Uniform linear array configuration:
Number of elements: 8
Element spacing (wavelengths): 0.5
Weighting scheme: hamming
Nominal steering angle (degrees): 15
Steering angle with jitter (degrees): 15.857
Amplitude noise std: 0.05
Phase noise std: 0.05

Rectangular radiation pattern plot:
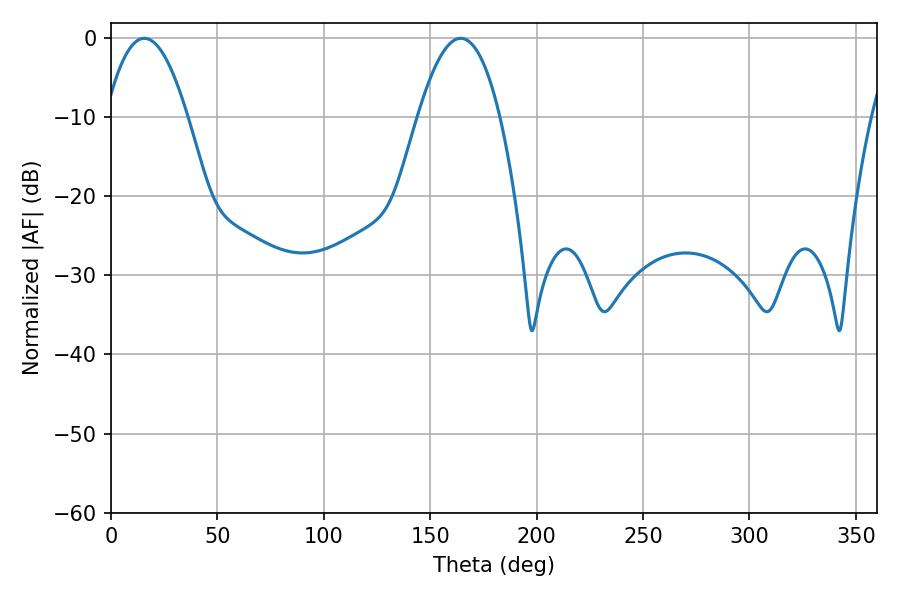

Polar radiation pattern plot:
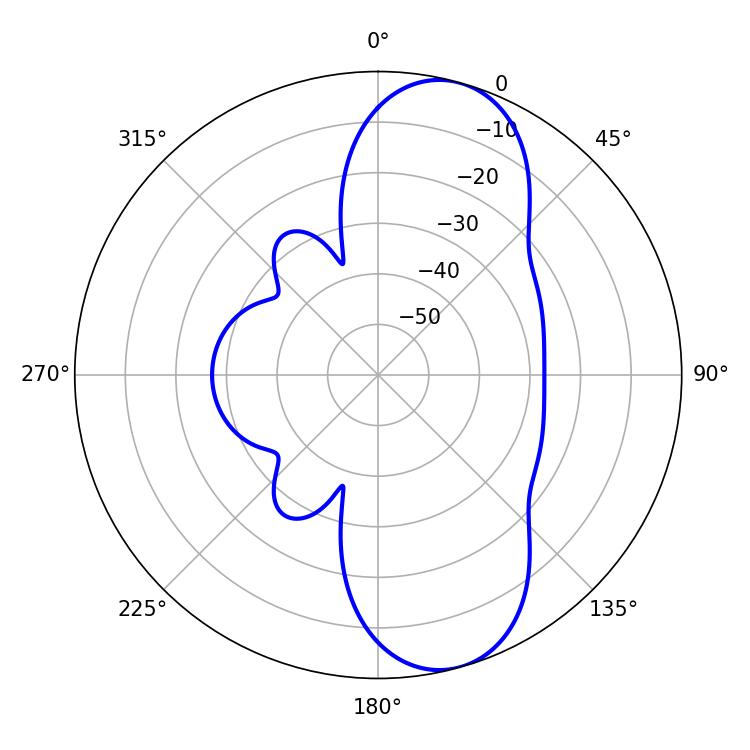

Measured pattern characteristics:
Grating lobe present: FALSE
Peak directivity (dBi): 9.515
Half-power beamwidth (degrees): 21.06
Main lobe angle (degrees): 15.66